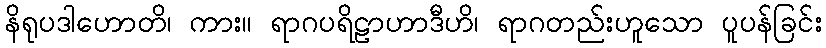
နိရုပဒါဟောတိ၊ ကား။ ရာဂပရိဠာဟာဒီဟိ၊ ရာဂတည်းဟူသော ပူပန်ခြင်း